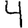
Digit: 4